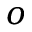
o